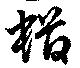
蝤